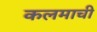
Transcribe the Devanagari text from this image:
कलमाची